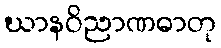
ဃာနဝိညာဏဓာတု